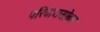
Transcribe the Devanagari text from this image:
परिवारासोबत